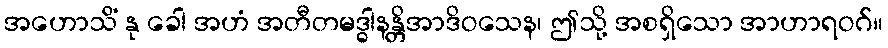
အဟောသိံ နု ခေါ အဟံ အတီတမဒ္ဓါနန္တိအာဒိဝသေန၊ ဤသို့ အစရှိသော အာဟာရဝဂ်။